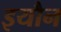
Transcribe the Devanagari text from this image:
इयौन